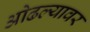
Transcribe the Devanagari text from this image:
ओढल्यावर